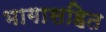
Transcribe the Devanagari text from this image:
भागासहित